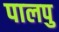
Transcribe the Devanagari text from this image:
पालपु